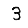
Digit: 3